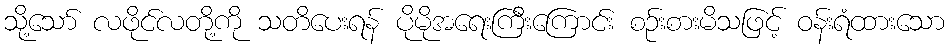
သို့သော် လဖိုင်လတို့ကို သတိပေးရန် ပိုမိုအရေးကြီးကြောင်း စဉ်းစားမိသဖြင့် ဝန်းရံထားသော